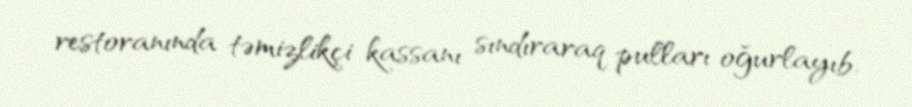
restoranında təmizlikçi kassanı sındıraraq pulları oğurlayıb.